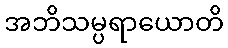
အဘိသမ္ပရာယောတိ